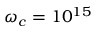
\omega _ { c } = 1 0 ^ { 1 5 }